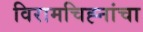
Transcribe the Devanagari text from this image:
विरामचिह्नांचा